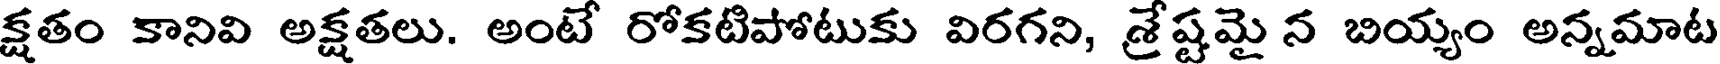
క్షతం కానివి అక్షతలు. అంటే రోకటిపోటుకు విరగని, శ్రేష్టమై న బియ్యం అన్నమాట